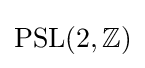
\operatorname {PSL} (2,\mathbb {Z} )